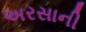
અરસાની